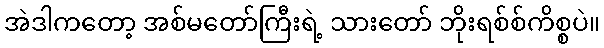
အဲဒါကတော့ အစ်မတော်ကြီးရဲ့ သားတော် ဘိုးရစ်စ်ကိစ္စပဲ။